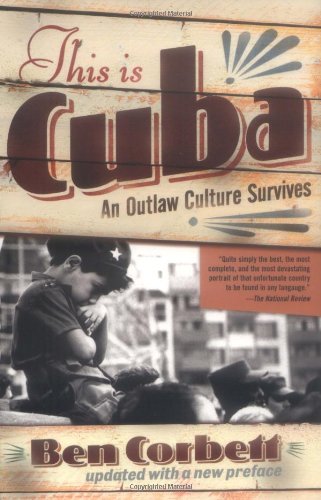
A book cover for This Is Cuba: An Outlaw Culture Survives; Ben Corbett; Travel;